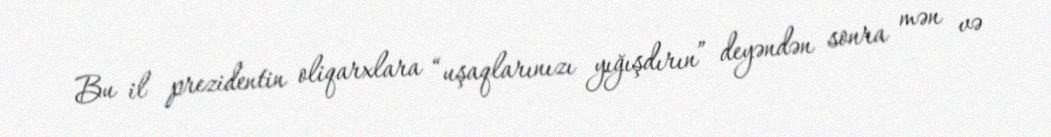
Bu il prezidentin oliqarxlara “uşaqlarınızı yığışdırın” deyəndən sonra mən və